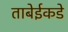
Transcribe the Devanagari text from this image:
ताबेईकडे